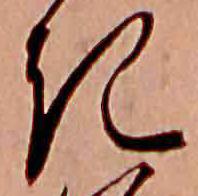
き